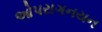
ઓપરાગનયન